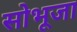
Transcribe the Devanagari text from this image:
सोभूजा